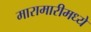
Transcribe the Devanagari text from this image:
मारामारीमध्ये